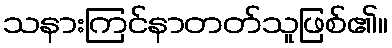
သနားကြင်နာတတ်သူဖြစ်၏။